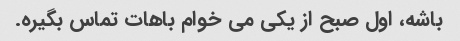
باشه، اول صبح از یکی می خوام باهات تماس بگیره.